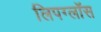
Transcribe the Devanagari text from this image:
लिपग्लॉस